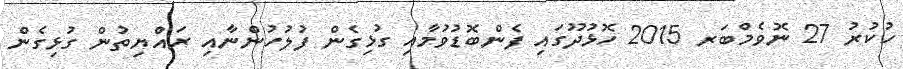
ހުކުރު 27 ނޮވެމްބަރ 2015 ހޮޅުދޫގައި ފެންބޮޑުވުމާއި ގުޅިގެން ފުލުހުންނާއި ރައްޔިތުން ގުޅިގެން